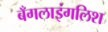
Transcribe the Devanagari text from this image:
बँगलाइंगलिश